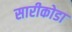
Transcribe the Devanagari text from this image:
सारीकोडा